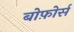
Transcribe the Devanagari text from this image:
बोफ़ोर्स